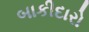
બાકીદારો